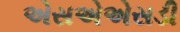
એસએએસડી